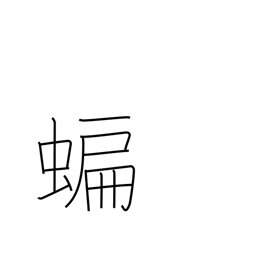
Meaning: bat